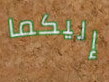
إليكما